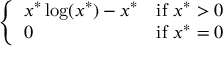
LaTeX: \left\{ \begin{array} { l l } { x ^ { * } \log ( x ^ { * } ) - x ^ { * } } & { { \mathrm { i f ~ } } x ^ { * } > 0 } \\ { 0 } & { { \mathrm { i f ~ } } x ^ { * } = 0 } \end{array} \right.